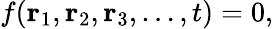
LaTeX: f(\mathbf{r}_{1},\mathbf{r}_{2},\mathbf{r}_{3},\ldots,t)=0,